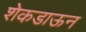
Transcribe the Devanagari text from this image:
शेकडाऊन